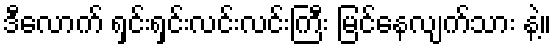
ဒီလောက် ရှင်းရှင်းလင်းလင်းကြီး မြင်နေလျက်သား နဲ့။